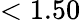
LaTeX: <1.50